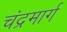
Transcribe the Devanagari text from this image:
चंद्रमार्ग